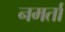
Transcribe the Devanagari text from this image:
नमर्ता